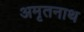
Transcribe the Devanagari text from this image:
अमृतनाथ